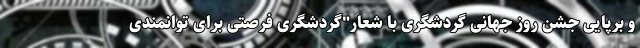
و برپایی جشن روز جهانی گردشگری با شعار"گردشگری فرصتی برای توانمندی